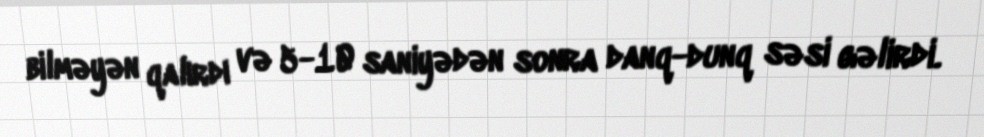
bilməyən qalırdı və 5-10 saniyədən sonra danq-dunq səsi gəlirdi.